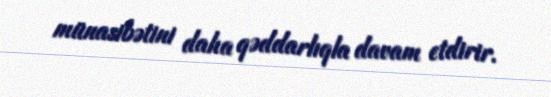
münasibətini daha qəddarlıqla davam etdirir.